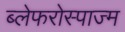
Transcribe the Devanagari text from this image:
ब्लेफरोस्पाज्म